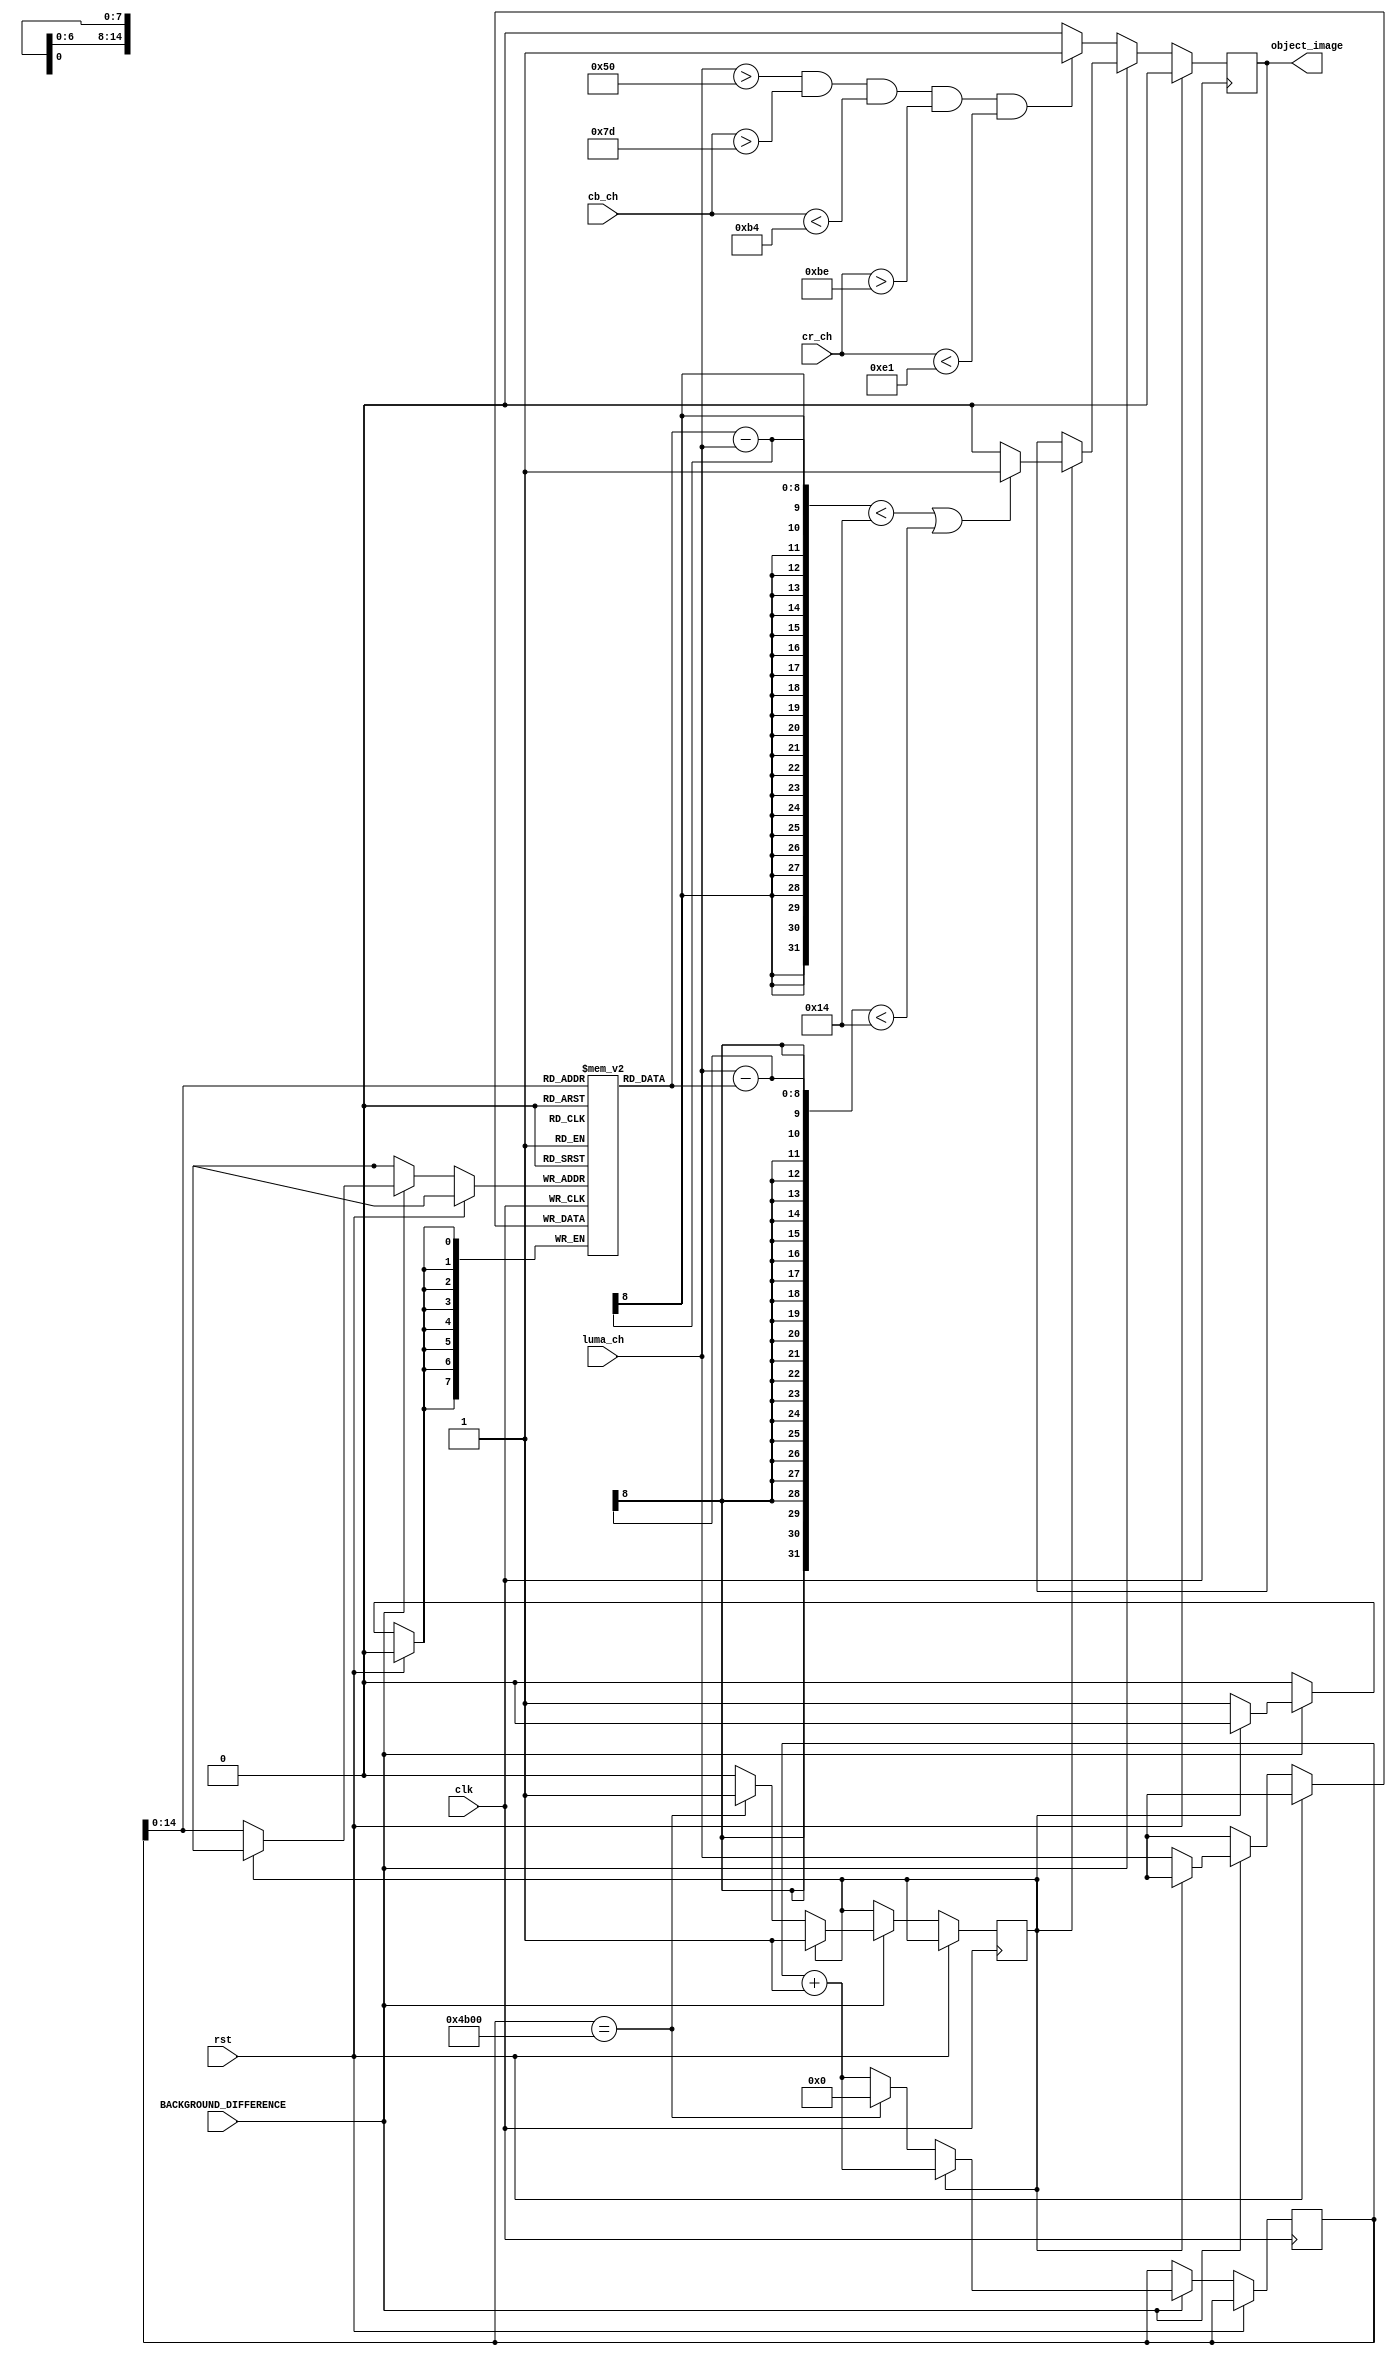
module SkinDecider(luma_ch, cb_ch, cr_ch,
		   object_image,
		   BACKGROUND_DIFFERENCE,
		   rst, clk);
   /*
    If background_difference method is not used, extract the 
    skin pixels from the incoming input image. Otherwise sutract 
    image from the background reference.
    
    INPUT:
    luma_ch - 8 bit, background(one time) and image.
    
    OUTPUT:
    object_image - 1 bit hand sign image
    
    FLAG:
    BACKGROUND_DIFFERENCE - Method of hand segmentation
   */
    
   input [7:0] luma_ch, cb_ch, cr_ch;
   input       BACKGROUND_DIFFERENCE;
   
   output      object_image;

   input 	rst, clk;

   reg  	object_image;
   reg 		BACKGROUND_SCAN_COMPLETE;
   reg [15:0] 	counter=0;
   reg [7:0] 	luma_bg[0:19199];
   
   always @(posedge clk) begin
      if (rst)
	object_image <= 0;
      else begin

	 // if we are using the background difference method
	 if(BACKGROUND_DIFFERENCE) begin
	    // check if the scan is complete
	    if(BACKGROUND_SCAN_COMPLETE) begin
	       if ((luma_bg[counter] - luma_ch < 20) || (luma_ch - luma_bg[counter] < 20))
		 object_image <= 1'b1;
	       else
		 object_image <= 1'b0;
	       counter <= counter + 1;
	    end

	    // Store the background luma pixels, the first image captured
	    else begin
	       luma_bg[counter] <= luma_ch;
	       // Do not overflow the counter
	       if(counter == 19200) begin
		  BACKGROUND_SCAN_COMPLETE <= 1;
		  // set counter to 0, for the comparision step
		  counter <= 0;
	       end
	       else
		 counter <= counter + 1;
	    end
	 end // if (BACKGROUND_DIFFERENCE)
	 else if ((luma_ch > 80) &&
		  (cb_ch > 125) && (cb_ch < 180) && 
		  (cr_ch > 190) && (cr_ch < 225)) begin
	    object_image <= 1;
	 end
	 else begin
	    object_image <= 0;
	 end
      end
   end // always @ (posedge clk)
endmodule